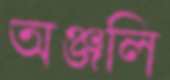
অঞ্জলি